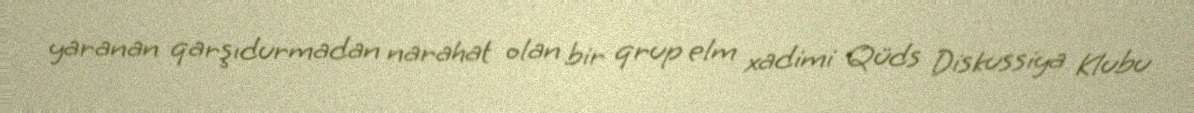
yaranan qarşıdurmadan narahat olan bir qrup elm xadimi Qüds Diskussiya Klubu